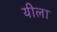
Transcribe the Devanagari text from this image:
यीला